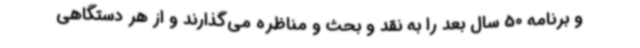
و برنامه 50 سال بعد را به نقد و بحث و مناظره می‌گذارند و از هر دستگاهی